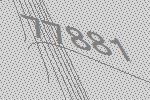
77881